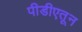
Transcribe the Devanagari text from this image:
पीडीएतून